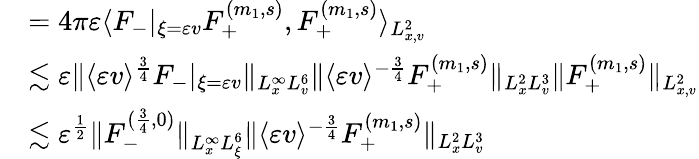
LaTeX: \begin{array}{rl}&{=4\pi\varepsilon\langle F_{-}|_{\xi=\varepsilon v}F_{+}^{(m_{1},s)},F_{+}^{(m_{1},s)}\rangle_{L_{x,v}^{2}}}\\ &{\lesssim\varepsilon\| \langle\varepsilon v\rangle^{\frac{3}{4}}F_{-}|_{\xi=\varepsilon v}\| _{L_{x}^{\infty}L_{v}^{6}}\| \langle\varepsilon v\rangle^{-\frac{3}{4}}F_{+}^{(m_{1},s)}\| _{L_{x}^{2}L_{v}^{3}}\| F_{+}^{(m_{1},s)}\| _{L_{x,v}^{2}}}\\ &{\lesssim\varepsilon^{\frac{1}{2}}\| F_{-}^{(\frac{3}{4},0)}\| _{L_{x}^{\infty}L_{\xi}^{6}}\| \langle\varepsilon v\rangle^{-\frac{3}{4}}F_{+}^{(m_{1},s)}\| _{L_{x}^{2}L_{v}^{3}}}\end{array}